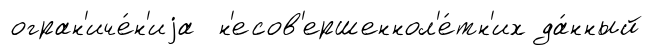
огран'иче́н'иjа н'есов'ершеннол'е́тн'их да́нный